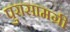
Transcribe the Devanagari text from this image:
पुरासामग्री